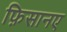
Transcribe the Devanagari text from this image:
फ़िसानए